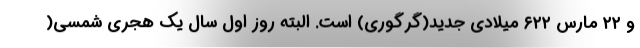
و ۲۲ مارس ۶۲۲ میلادی جدید(گرگوری) است. البته روز اول سال یک هجری شمسی(